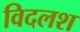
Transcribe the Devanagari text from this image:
विदलश